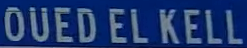
OUEDELKELL